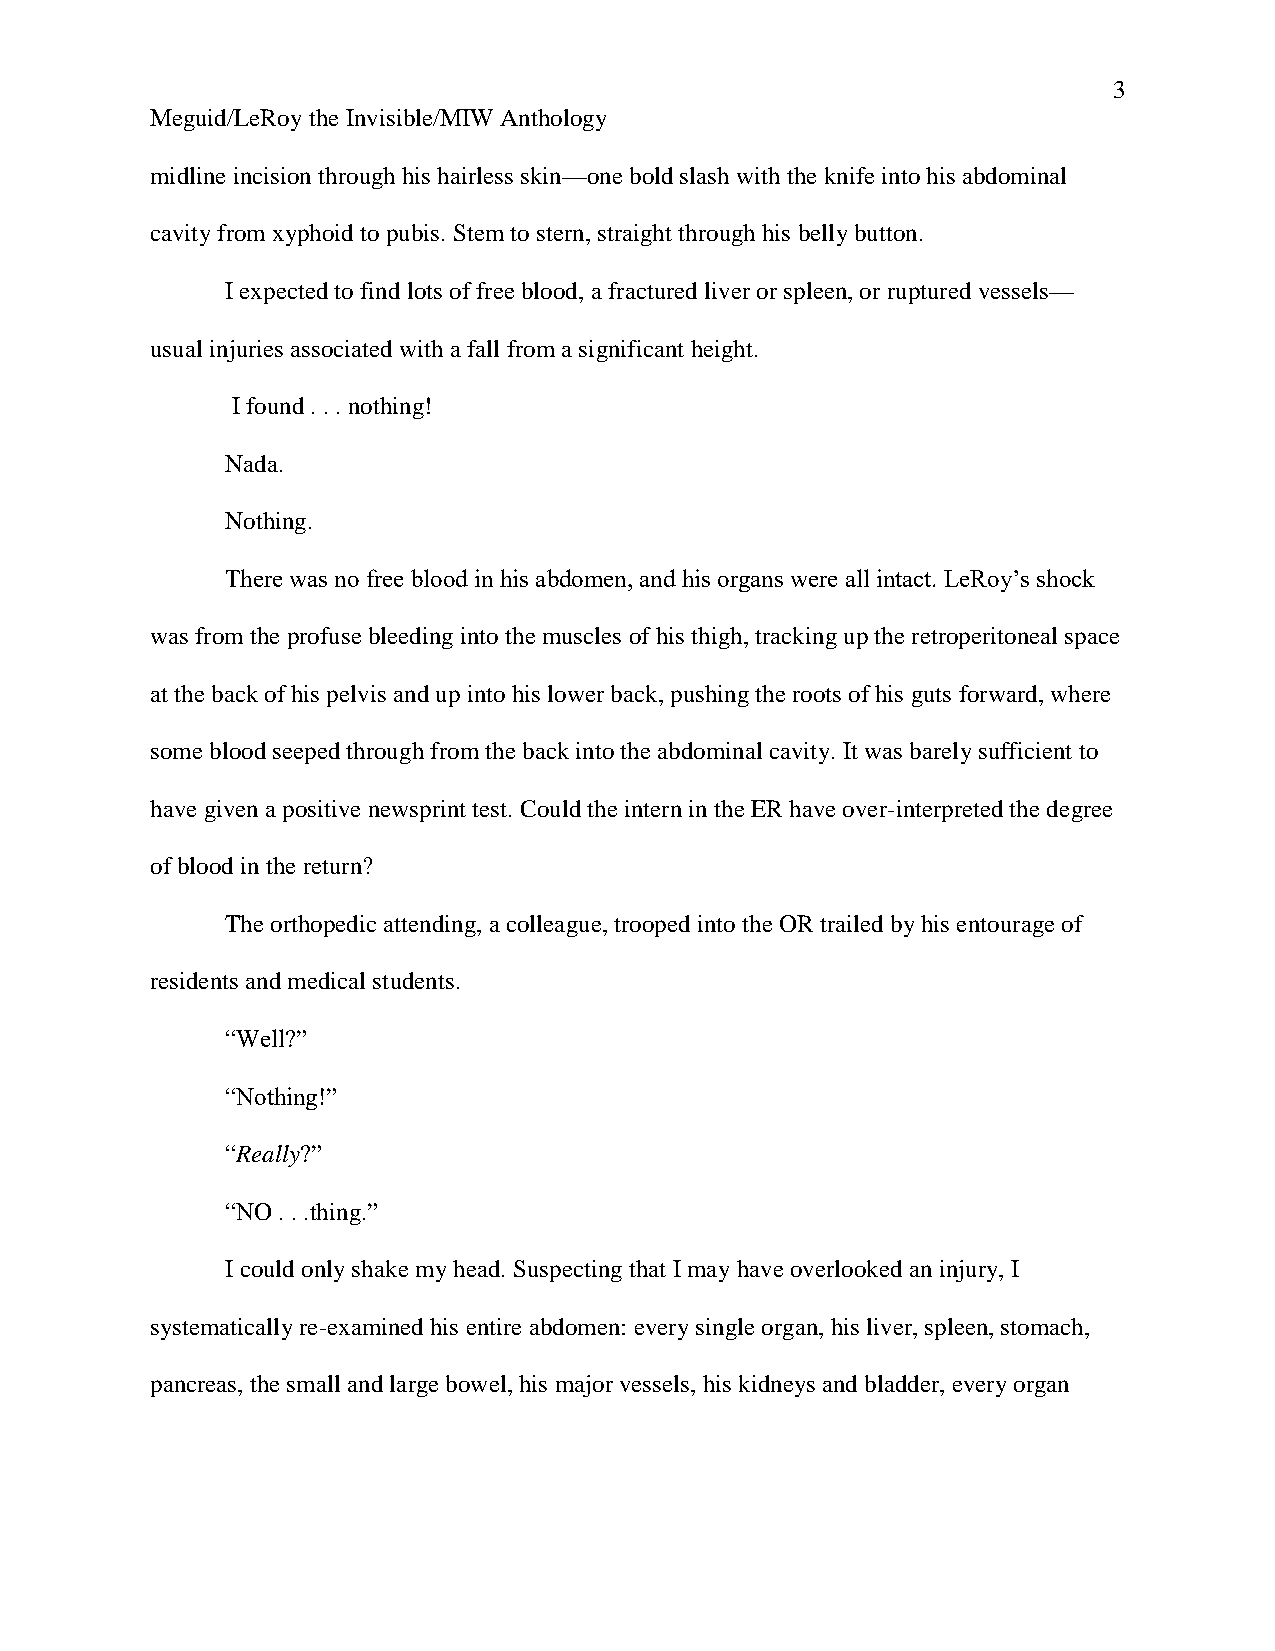
3
 Meguid/LeRoy the Invisible/MIW Anthology
 midline incision through his hairless skin—one bold slash with the knife into his abdominal
 cavity from xyphoid to pubis. Stem to stern, straight through his belly button.
 I expected to find lots of free blood, a fractured liver or spleen, or ruptured vessels—
 usual injuries associated with a fall from a significant height.
 I found . . . nothing!
 Nada.
 Nothing.
 There was no free blood in his abdomen, and his organs were all intact. LeRoy’s shock
 was from the profuse bleeding into the muscles of his thigh, tracking up the retroperitoneal space
 at the back of his pelvis and up into his lower back, pushing the roots of his guts forward, where
 some blood seeped through from the back into the abdominal cavity. It was barely sufficient to
 have given a positive newsprint test. Could the intern in the ER have over-interpreted the degree
 of blood in the return?
 The orthopedic attending, a colleague, trooped into the OR trailed by his entourage of
 residents and medical students.
 “Well?”
 “Nothing!”
 “Really?”
 “NO . . .thing.”
 I could only shake my head. Suspecting that I may have overlooked an injury, I
 systematically re-examined his entire abdomen: every single organ, his liver, spleen, stomach,
 pancreas, the small and large bowel, his major vessels, his kidneys and bladder, every organ